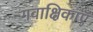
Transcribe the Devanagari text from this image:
गवाक्षिकाएँ